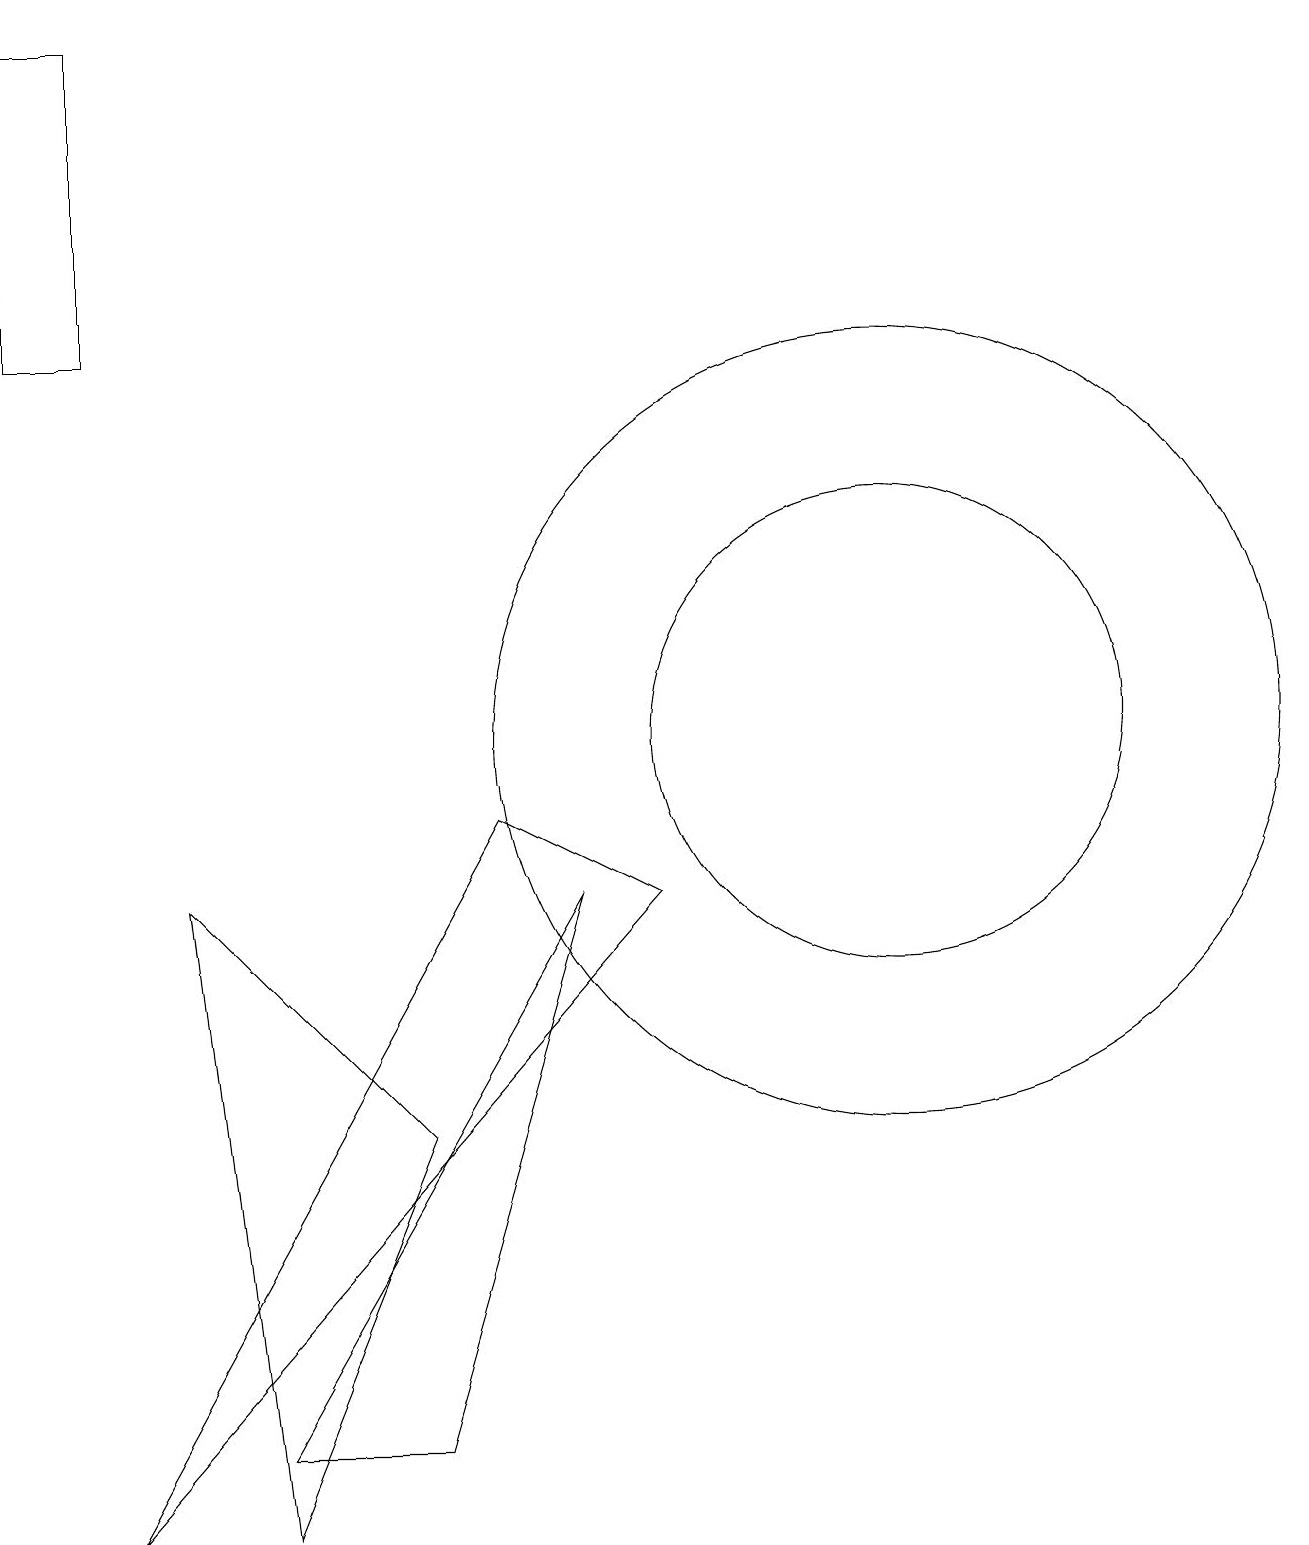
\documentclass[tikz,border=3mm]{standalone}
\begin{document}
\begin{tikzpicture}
\draw (11,10) circle (5);
\draw (6,9) -- (1,0) -- (8,8) -- cycle;
\draw (11,10) circle (3);
\draw (0,19) rectangle (1,15);
\draw (5,1) -- (7,8) -- (3,1) -- cycle;
\draw (3,0) -- (5,5) -- (2,8) -- cycle;
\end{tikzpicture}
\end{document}